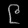
Digit: ၉